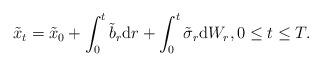
LaTeX: \begin{align*}\tilde{x}_{t}=\tilde{x}_{0}+\int_{0}^{t}\tilde{b}_{r}\mathrm{d}r+\int_{0}^{t}\tilde{\sigma}_{r}\mathrm{d}W_{r},0\leq t\leq T. \end{align*}